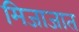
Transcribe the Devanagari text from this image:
मिजाजात